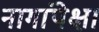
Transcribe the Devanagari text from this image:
नागांपेक्षा